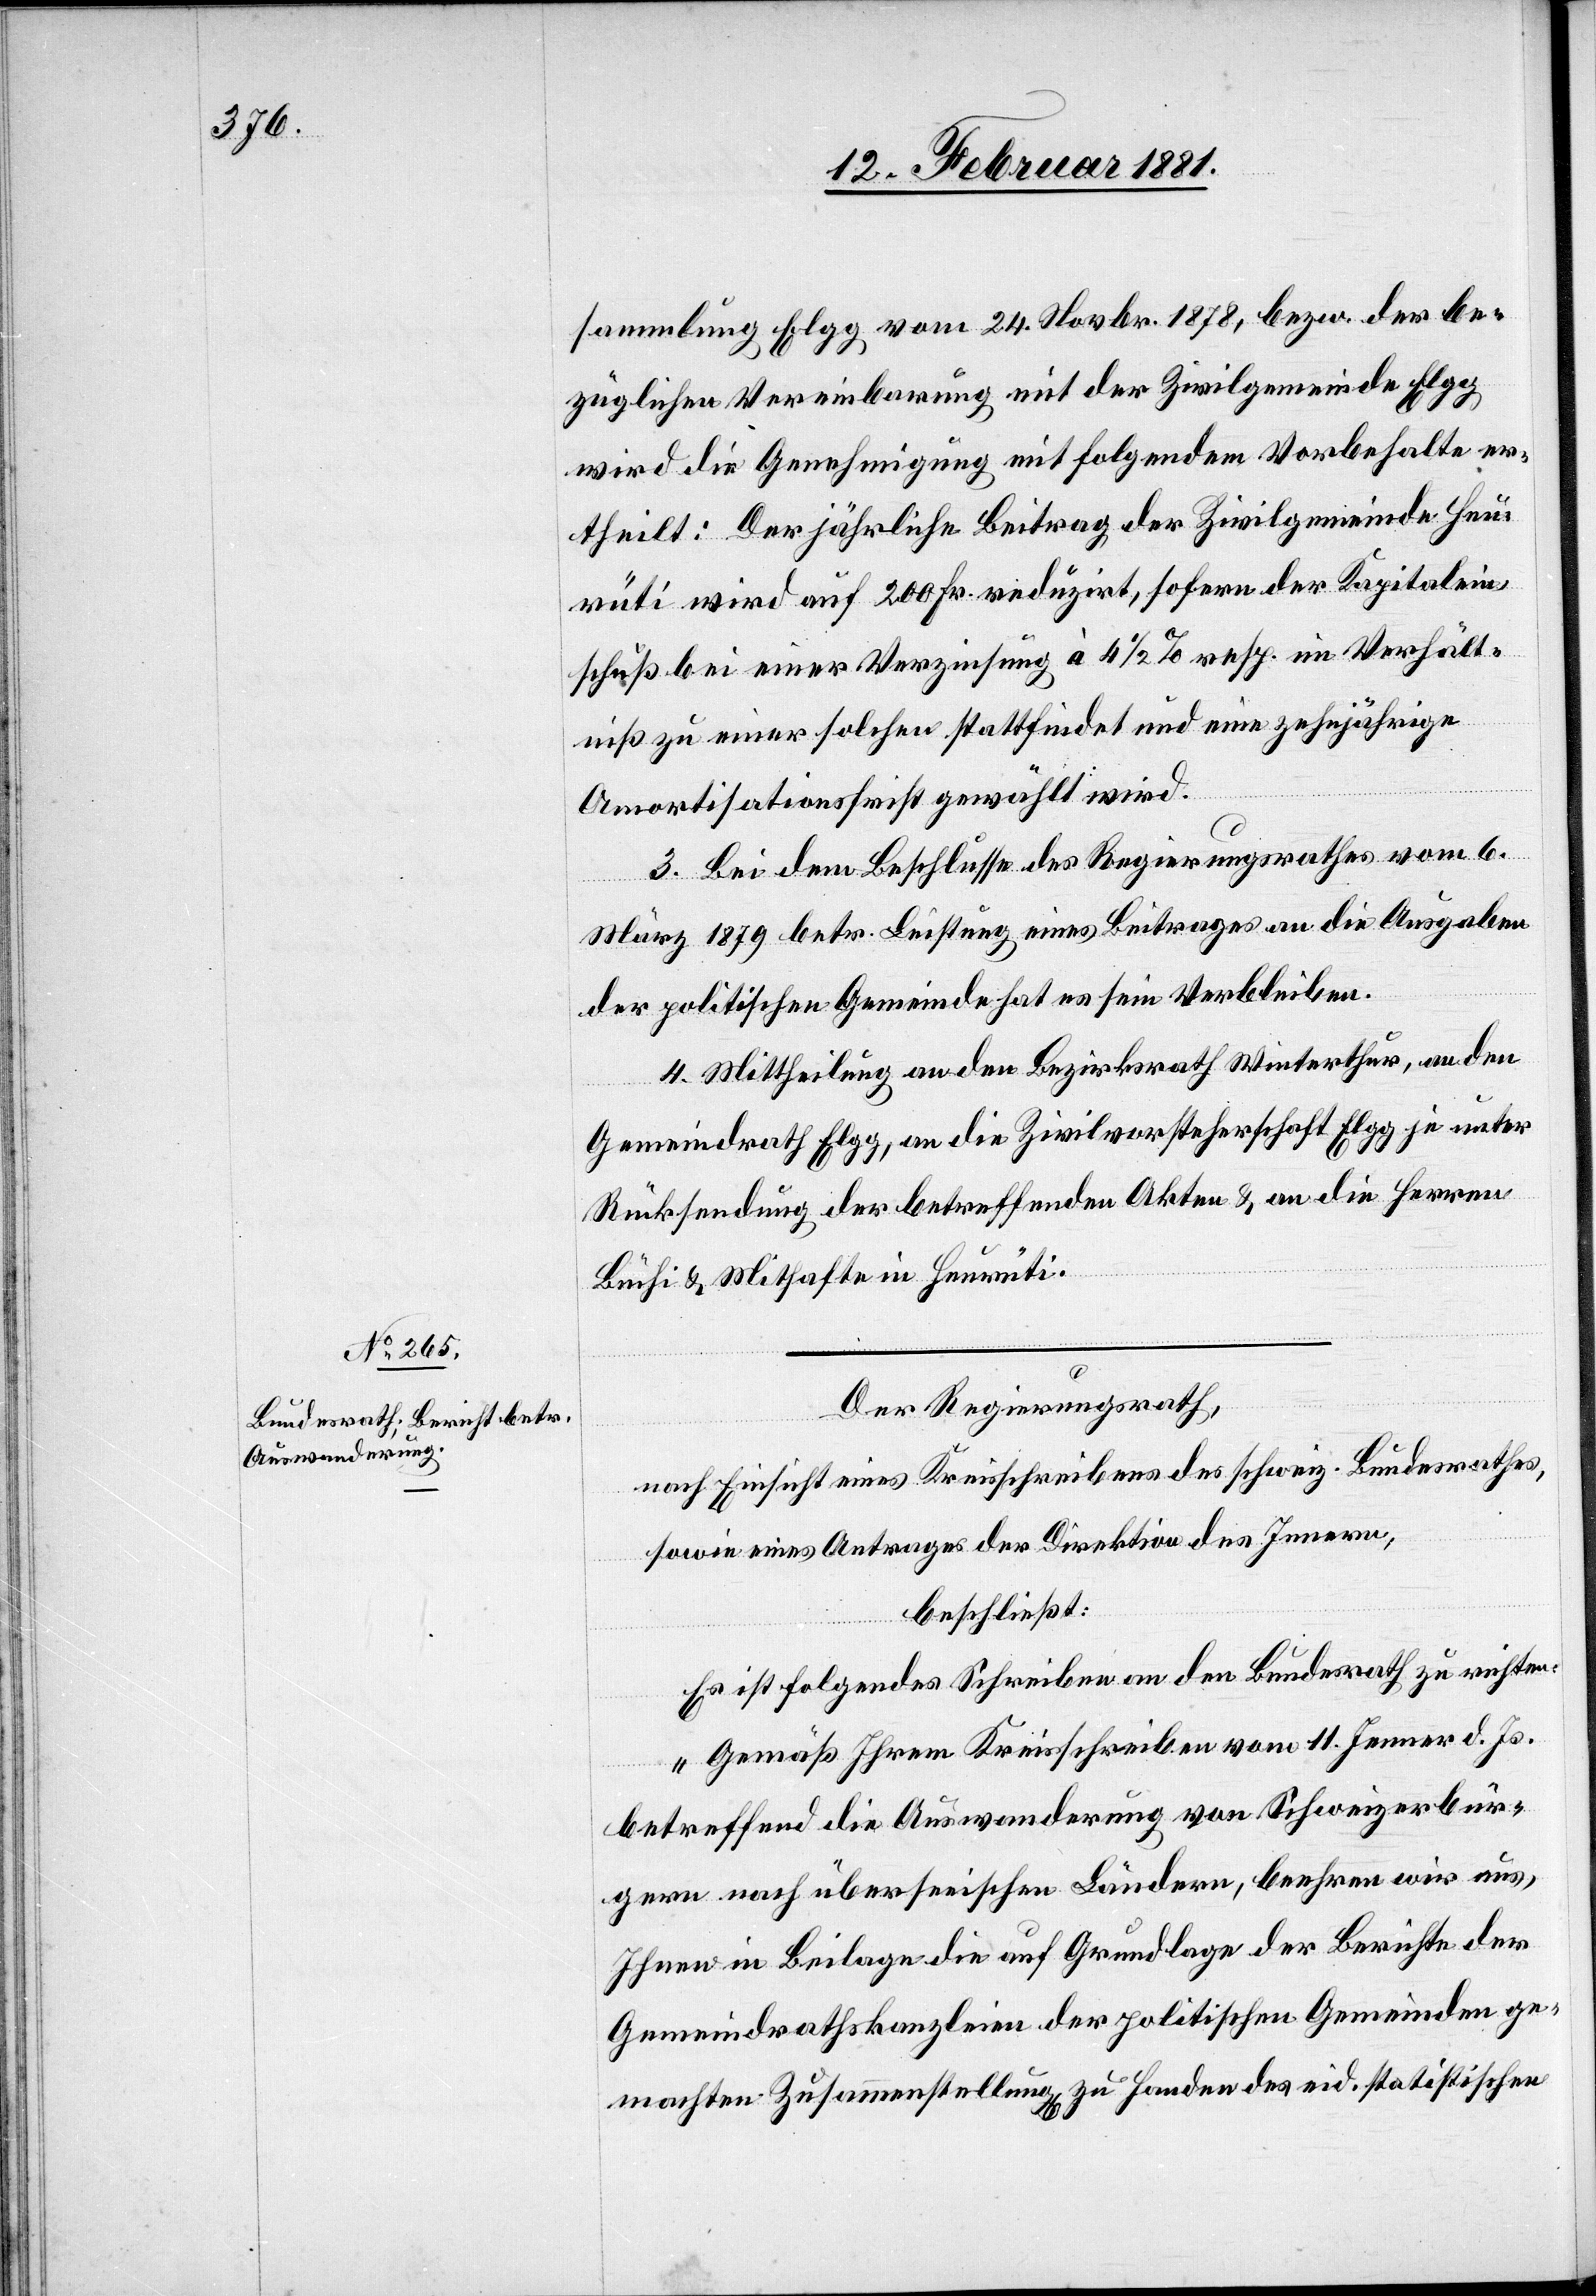
sammlung Elgg vom 24. Novbr. 1878, bezw. der be¬
züglichen Vereinbarung mit der Zivilgemeinde Elgg
wird die Genehmigung mit folgendem Vorbehalte er¬
theilt: Der jährliche Beitrag der Zivilgemeinde Heu¬
rüti wird auf 200 Fr. reduzirt, sofern der Kapitalein¬
schuß bei einer Verzinsung à 4 1/2% resp. im Verhält¬
niß zu einer solchen stattfindet und eine zehnjährige
Amortisationsfrist gewählt wird.
3. Bei dem Beschlusse des Regierungsrathes vom 6.
März 1879 betr. Leistung eines Beitrages an die Ausgaben
der politischen Gemeinde hat es sein Verbleiben.
4. Mittheilung an den Bezirksrath Winterthur, an den
Gemeindrath Elgg, an die Zivilvorsteherschaft Elgg je unter
Rücksendung der betreffenden Akten & an die Herren
Büchi & Mithafte in Heurüti.
Der Regierungsrath,
nach Einsicht eines Kreisschreibens des schweiz. Bundesrathes,
sowie eines Antrages der Direktion des Innern,
beschließt:
Es ist folgendes Schreiben an den Bundesrath zu richten:
„Gemäß Ihrem Kreisschreiben vom 11. Jenner d. Js.
betreffend die Auswanderung von Schweizerbür¬
gern nach überseeischen Ländern, beehren wir uns,
Ihnen in Beilage die auf Grundlage der Berichte der
Gemeindrathskanzleien der politischen Gemeinden ge¬
machten Zusammenstellungen zu Handen des eid. statistischen